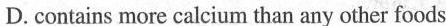
D.contains more calcium than any other foods